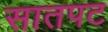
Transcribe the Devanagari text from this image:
सातपट